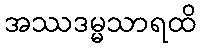
အဿဒမ္မသာရထိ